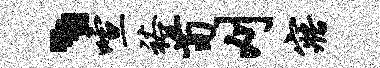
、喧裕荀刈寤